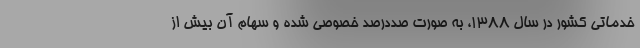
خدماتی کشور در سال ۱۳۸۸، به صورت صددرصد خصوصی شده و سهام آن بیش از